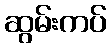
ဆွမ်းကပ်